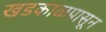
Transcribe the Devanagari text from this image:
खडकाळपासून